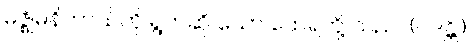
မဇ္ဈိမနိကာယ်ကို ရွတ်ဆို သော ထေရ်တို့ သည်။ (ဝဒန္တိ၊)